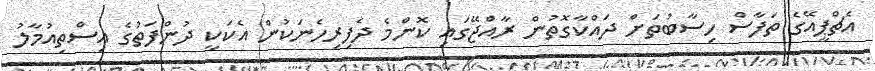
އެޗްޕީއޭގެ ތަފާސް ހިސާބުތަށް ދައްކާގޮތުން ރާއްޖޭގައި ކޮންމެ ދެފިރިހެނަކުން އެކަކީ ދުންފަތުގެ އިސްތިއުމާލު